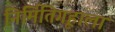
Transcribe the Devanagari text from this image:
निर्मितिगृहाला